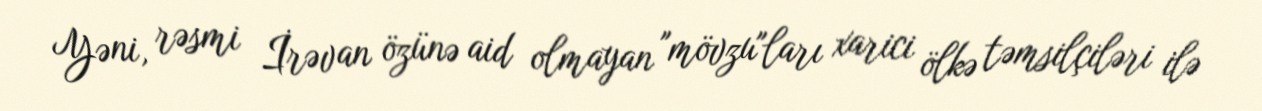
Yəni, rəsmi İrəvan özünə aid olmayan "mövzu"ları xarici ölkə təmsilçiləri ilə